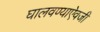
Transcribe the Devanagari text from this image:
घालवण्याऐवजी